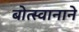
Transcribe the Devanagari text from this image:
बोत्स्वानाने